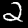
Label: 2